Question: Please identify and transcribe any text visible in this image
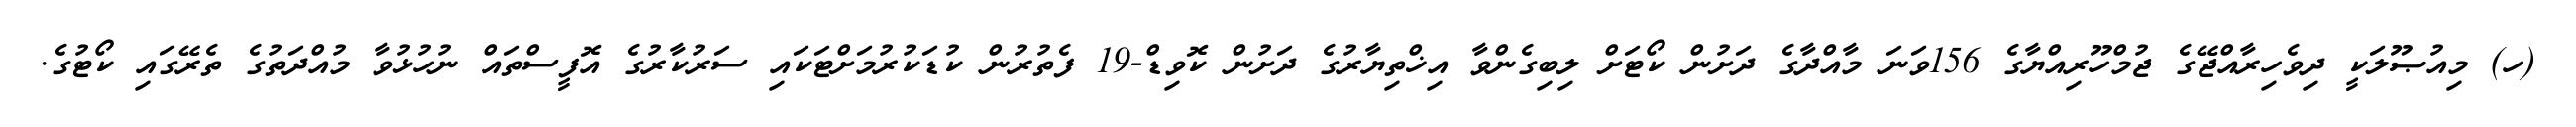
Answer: (ހ) މިއުޞޫލަކީ ދިވެހިރާއްޖޭގެ ޖުމްހޫރިއްޔާގެ 156ވަނަ މާއްދާގެ ދަށުން ކޯޓަށް ލިބިގެންވާ އިޚްތިޔާރުގެ ދަށުން ކޮވިޑް-19 ފެތުރުން ކުޑަކުރުމަށްޓަކައި ސަރުކާރުގެ އޮފީސްތައް ނުހުޅުވާ މުއްދަތުގެ ތެރޭގައި ކޯޓުގެ.